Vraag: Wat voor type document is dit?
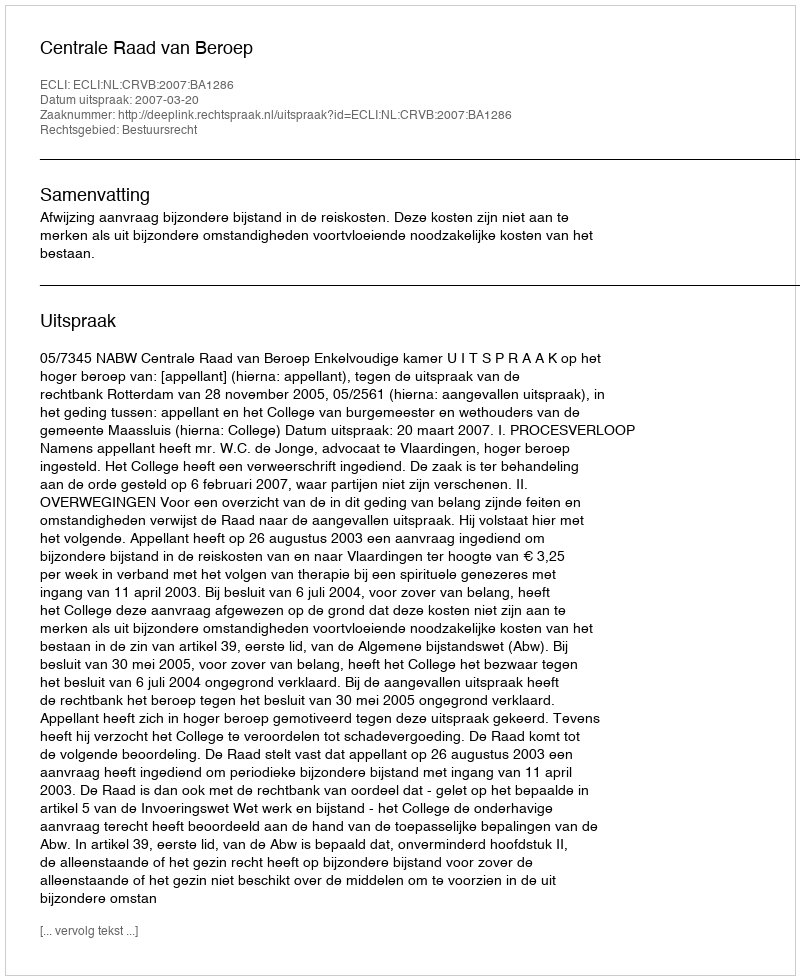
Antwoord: Uitspraak